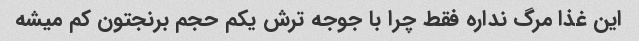
این غذا مرگ نداره فقط چرا با جوجه ترش یکم حجم برنجتون کم میشه